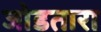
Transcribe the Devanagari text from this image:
जोडतारा